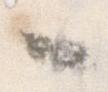
々